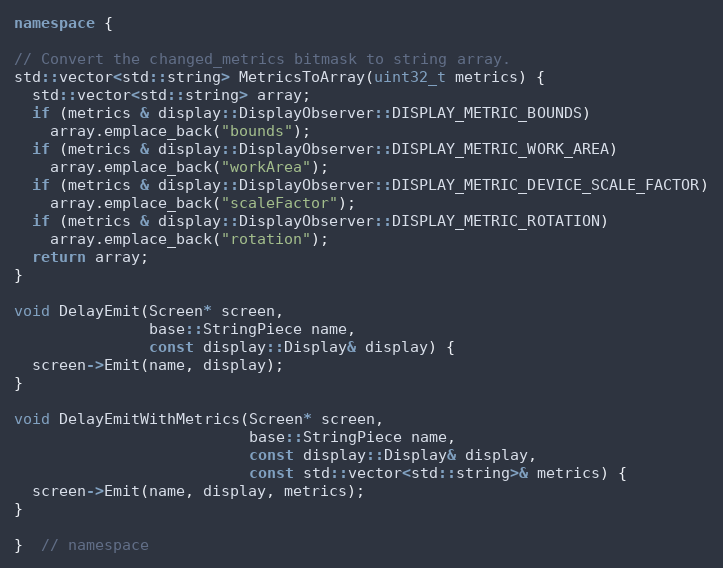
Language: C++
namespace {

// Convert the changed_metrics bitmask to string array.
std::vector<std::string> MetricsToArray(uint32_t metrics) {
  std::vector<std::string> array;
  if (metrics & display::DisplayObserver::DISPLAY_METRIC_BOUNDS)
    array.emplace_back("bounds");
  if (metrics & display::DisplayObserver::DISPLAY_METRIC_WORK_AREA)
    array.emplace_back("workArea");
  if (metrics & display::DisplayObserver::DISPLAY_METRIC_DEVICE_SCALE_FACTOR)
    array.emplace_back("scaleFactor");
  if (metrics & display::DisplayObserver::DISPLAY_METRIC_ROTATION)
    array.emplace_back("rotation");
  return array;
}

void DelayEmit(Screen* screen,
               base::StringPiece name,
               const display::Display& display) {
  screen->Emit(name, display);
}

void DelayEmitWithMetrics(Screen* screen,
                          base::StringPiece name,
                          const display::Display& display,
                          const std::vector<std::string>& metrics) {
  screen->Emit(name, display, metrics);
}

}  // namespace